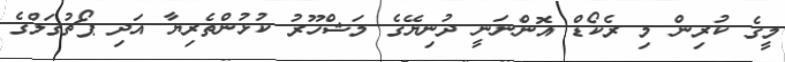
މީގެ ކުރިން މި ރެކޯޑް އޮންނަނީ ދުނިޔޭގެ މަޝްހޫރު ކުޅުންތެރިޔާ އަދި ޕޯޗުގަލްގެ